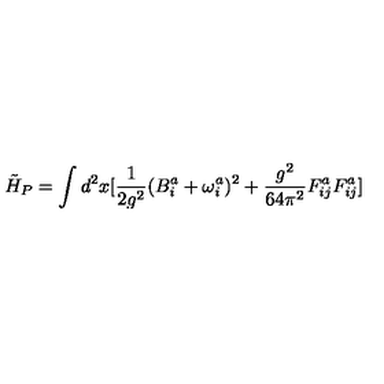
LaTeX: \tilde { H } _ { P } = \int d ^ { 2 } x [ \frac { 1 } { 2 g ^ { 2 } } ( B _ { i } ^ { a } + \omega _ { i } ^ { a } ) ^ { 2 } + \frac { g ^ { 2 } } { 6 4 \pi ^ { 2 } } F _ { i j } ^ { a } F _ { i j } ^ { a } ]